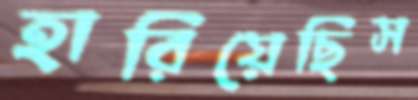
হারিয়েছিস